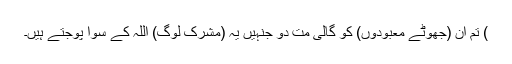
) تم ان (جھوٹے معبودوں) کو گالی مت دو جنہیں یہ (مشرک لوگ) اللہ کے سوا پوجتے ہیں۔